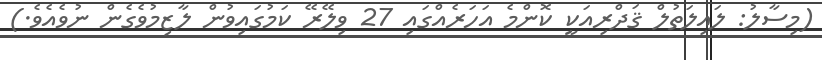
(މިސާލު: ލައިލަތުލް ޤަދްރިއަކީ ކޮންމެ އަހަރެއްގައި 27 ވިލޭރޭ ކަމުގައިވުން ލާޒިމުވެގެން ނުވެއެވެ.)